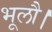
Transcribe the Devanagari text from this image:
भूलौ।